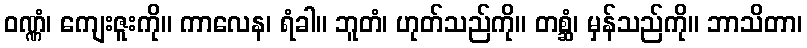
ဝဏ္ဏံ၊ ကျေးဇူးကို။ ကာလေန၊ ရံခါ။ ဘူတံ၊ ဟုတ်သည်ကို။ တစ္ဆံ၊ မှန်သည်ကို။ ဘာသိတာ၊